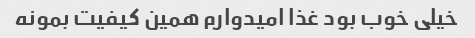
خیلی خوب بود غذا امیدوارم همین کیفیت بمونه